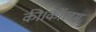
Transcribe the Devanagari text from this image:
की।कॉलम